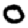
Digit: 0